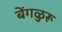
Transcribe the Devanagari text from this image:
बेंगळुरू